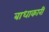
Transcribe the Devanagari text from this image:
बाधाकारी